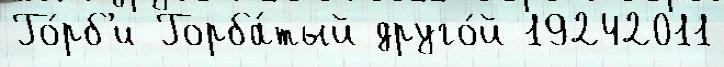
Го́рб'и Горба́тый друго́й 19242011